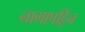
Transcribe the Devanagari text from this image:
नागापट्टिन